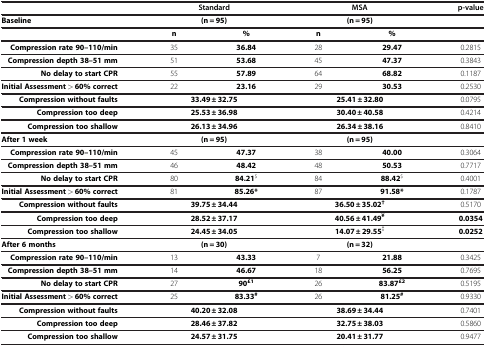
<table><thead><tr><td><b> </b></td><td colspan="2"><b>Standard</b></td><td colspan="2"><b>MSA</b></td><td><b>p-value</b></td></tr></thead><tbody><tr><td><b>Baseline</b></td><td colspan="2"><b>(n = 95)</b></td><td colspan="2"><b>(n = 95)</b></td><td> </td></tr><tr><td> </td><td><b>n</b></td><td><b>%</b></td><td><b>n</b></td><td><b>%</b></td><td> </td></tr><tr><td><b>Compression rate 90–110/min</b></td><td>35</td><td><b>36.84</b></td><td>28</td><td><b>29.47</b></td><td>0.2815</td></tr><tr><td><b>Compression depth 38–51 mm</b></td><td>51</td><td><b>53.68</b></td><td>45</td><td><b>47.37</b></td><td>0.3843</td></tr><tr><td><b>No delay to start CPR</b></td><td>55</td><td><b>57.89</b></td><td>64</td><td><b>68.82</b></td><td>0.1187</td></tr><tr><td><b>Initial Assessment &gt; 60% correct</b></td><td>22</td><td><b>23.16</b></td><td>29</td><td><b>30.53</b></td><td>0.2530</td></tr><tr><td><b>Compression without faults</b></td><td colspan="2"><b>33.49 ± 32.75</b></td><td colspan="2"><b>25.41 ± 32.80</b></td><td>0.0795</td></tr><tr><td><b>Compression too deep</b></td><td colspan="2"><b>25.53 ± 36.98</b></td><td colspan="2"><b>30.40 ± 40.58</b></td><td>0.4214</td></tr><tr><td><b>Compression too shallow</b></td><td colspan="2"><b>26.13 ± 34.96</b></td><td colspan="2"><b>26.34 ± 38.16</b></td><td>0.8410</td></tr><tr><td><b>After 1 week</b></td><td colspan="2"><b>(n = 95)</b></td><td colspan="2"><b>(n = 95)</b></td><td> </td></tr><tr><td><b>Compression rate 90–110/min</b></td><td>45</td><td><b>47.37</b></td><td>38</td><td><b>40.00</b></td><td>0.3064</td></tr><tr><td><b>Compression depth 38–51 mm</b></td><td>46</td><td><b>48.42</b></td><td>48</td><td><b>50.53</b></td><td>0.7717</td></tr><tr><td><b>No delay to start CPR</b></td><td>80</td><td><b>84.21</b><sup>$</sup></td><td>84</td><td><b>88.42</b><sup>$</sup></td><td>0.4001</td></tr><tr><td><b>Initial Assessment &gt; 60% correct</b></td><td>81</td><td><b>85.26*</b></td><td>87</td><td><b>91.58*</b></td><td>0.1787</td></tr><tr><td><b>Compression without faults</b></td><td colspan="2"><b>39.75 ± 34.44</b></td><td colspan="2"><b>36.50 ± 35.02</b><sup><b>†</b></sup></td><td>0.5170</td></tr><tr><td><b>Compression too deep</b></td><td colspan="2"><b>28.52 ± 37.17</b></td><td colspan="2"><b>40.56 ± 41.49</b><sup><b>¥</b></sup></td><td><b>0.0354</b></td></tr><tr><td><b>Compression too shallow</b></td><td colspan="2"><b>24.45 ± 34.05</b></td><td colspan="2"><b>14.07 ± 29.55</b><sup>‡</sup></td><td><b>0.0252</b></td></tr><tr><td><b>After 6 months</b></td><td colspan="2"><b>(n = 30)</b></td><td colspan="2"><b>(n = 32)</b></td><td> </td></tr><tr><td><b>Compression rate 90–110/min</b></td><td>13</td><td><b>43.33</b></td><td>7</td><td><b>21.88</b></td><td>0.3425</td></tr><tr><td><b>Compression depth 38–51 mm</b></td><td>14</td><td><b>46.67</b></td><td>18</td><td><b>56.25</b></td><td>0.7695</td></tr><tr><td><b>No delay to start CPR</b></td><td>27</td><td><b>90</b><sup><b>£1</b></sup></td><td>26</td><td><b>83.87</b><sup><b>£2</b></sup></td><td>0.5195</td></tr><tr><td><b>Initial Assessment &gt; 60% correct</b></td><td>25</td><td><b>83.33</b><sup><b>#</b></sup></td><td>26</td><td><b>81.25</b><sup><b>#</b></sup></td><td>0.9330</td></tr><tr><td><b>Compression without faults</b></td><td colspan="2"><b>40.20 ± 32.08</b></td><td colspan="2"><b>38.69 ± 34.44</b></td><td>0.7401</td></tr><tr><td><b>Compression too deep</b></td><td colspan="2"><b>28.46 ± 37.82</b></td><td colspan="2"><b>32.75 ± 38.03</b></td><td>0.5860</td></tr><tr><td><b>Compression too shallow</b></td><td colspan="2"><b>24.57 ± 31.75</b></td><td colspan="2"><b>20.41 ± 31.77</b></td><td>0.9477</td></tr></tbody></table>